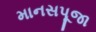
માનસપૂજા